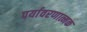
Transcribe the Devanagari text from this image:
पर्यावरणात्मक